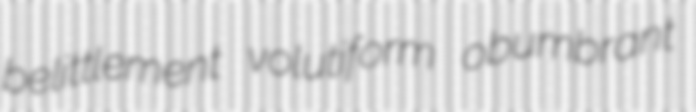
belittlement volutiform obumbrant